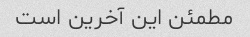
مطمئن این آخرین است